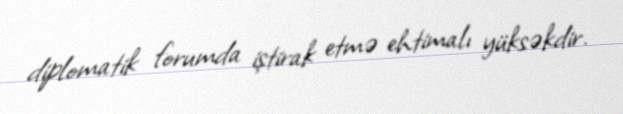
diplomatik forumda iştirak etmə ehtimalı yüksəkdir.